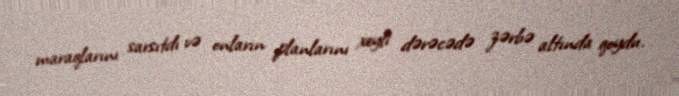
maraqlarını sarsıtdı və onların planlarını xeyli dərəcədə zərbə altında qoydu.